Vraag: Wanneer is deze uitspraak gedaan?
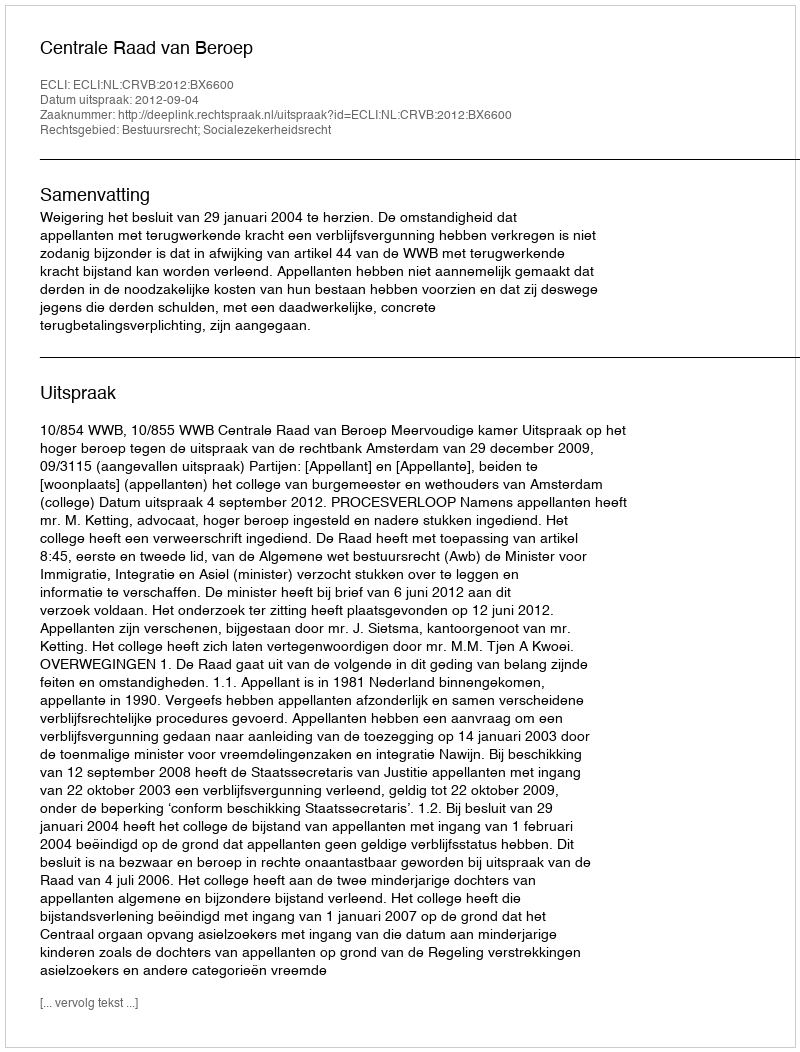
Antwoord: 2012-09-04